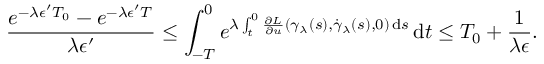
\frac { e ^ { - \lambda \epsilon ^ { \prime } T _ { 0 } } - e ^ { - \lambda \epsilon ^ { \prime } T } } { \lambda \epsilon ^ { \prime } } \leq \int _ { - T } ^ { 0 } e ^ { \lambda \int _ { t } ^ { 0 } \frac { \partial L } { \partial u } ( \gamma _ { \lambda } ( s ) , \dot { \gamma } _ { \lambda } ( s ) , 0 ) \, \mathrm { d } s } \, \mathrm { d } t \leq T _ { 0 } + \frac { 1 } { \lambda \epsilon } .